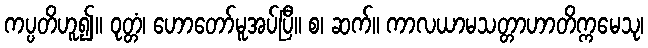
ကပ္ပတိဟူ၍။ ဝုတ္တံ၊ ဟောတော်မူအပ်ပြီ။ စ၊ ဆက်။ ကာလယာမသတ္တာဟာတိက္ကမေသု၊